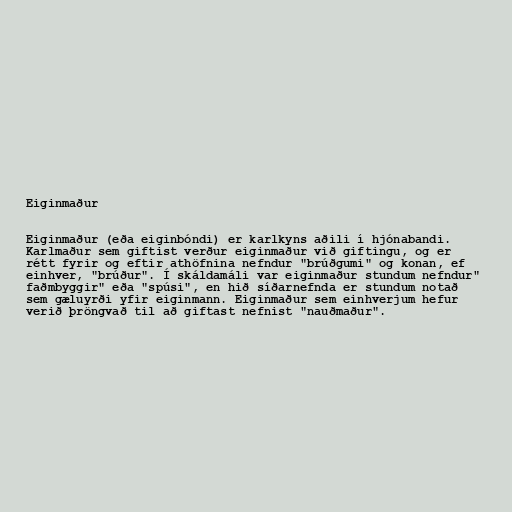
Eiginmaður

Eiginmaður (eða eiginbóndi) er karlkyns aðili í hjónabandi.
Karlmaður sem giftist verður eiginmaður við giftingu, og er
rétt fyrir og eftir athöfnina nefndur "brúðgumi" og konan, ef
einhver, "brúður". Í skáldamáli var eiginmaður stundum nefndur"
faðmbyggir" eða "spúsi", en hið síðarnefnda er stundum notað
sem gæluyrði yfir eiginmann. Eiginmaður sem einhverjum hefur
verið þröngvað til að giftast nefnist "nauðmaður".